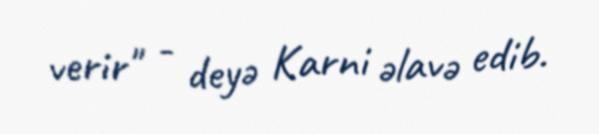
verir" - deyə Karni əlavə edib.